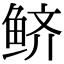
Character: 鲚